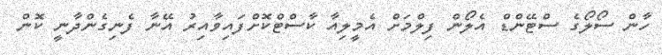
ހާން ސޯލޯގެ ސްޓޭންޑް އެލޯން ފިލްމަށް އެމީލިއާ ކާސްޓްކޮށްފައިވާއިރު އޭނާ ފެނިގެންދާނީ ކޮން